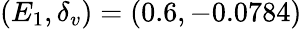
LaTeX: (E_{1},\delta_{v})=(0.6,-0.0784)